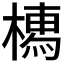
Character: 𣚐